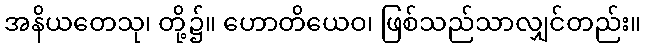
အနိယတေသု၊ တို့၌။ ဟောတိယေဝ၊ ဖြစ်သည်သာလျှင်တည်း။